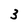
Character: 3